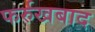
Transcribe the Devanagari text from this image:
फर्रुखबाद